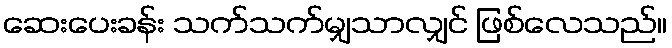
ဆေးပေးခန်း သက်သက်မျှသာလျှင် ဖြစ်လေသည်။